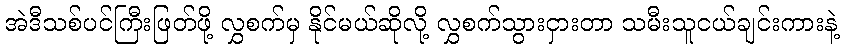
အဲဒီသစ်ပင်ကြီးဖြတ်ဖို့ လွှစက်မှ နိုင်မယ်ဆိုလို့ လွှစက်သွားငှားတာ သမီးသူငယ်ချင်းကားနဲ့